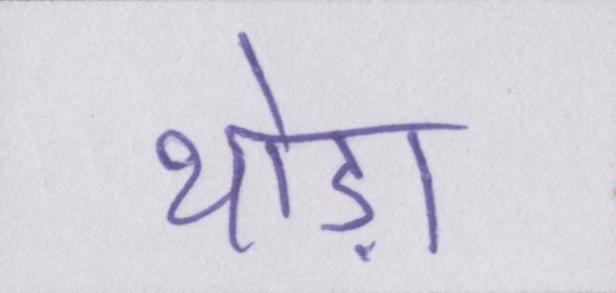
थोड़ा